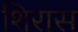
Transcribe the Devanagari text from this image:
शिरास